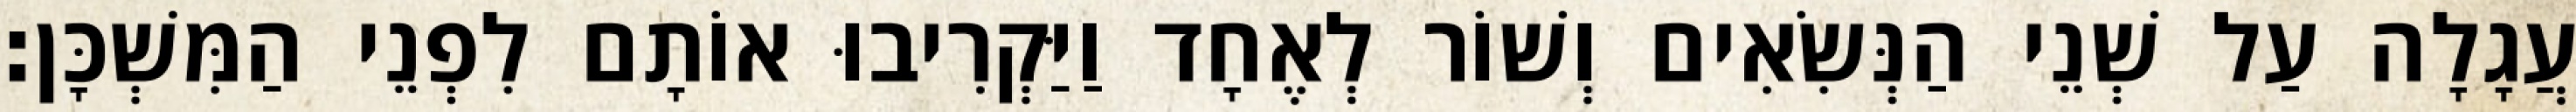
עֲגָלָה עַל שְׁנֵי הַנְּשִׂאִים וְשׁוֹר לְאֶחָד וַיַּקְרִיבוּ אוֹתָם לִפְנֵי הַמִּשְׁכָּן׃